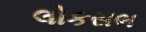
લોકસભ